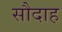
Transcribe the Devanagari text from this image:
सौदाह